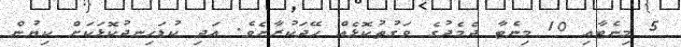
5 މިނެޓާއި 10 މިނެޓާ ދެމެދުގެ ވަގުތުކޮޅެއް ހޭދަކުރާށެވެ. އަދި ކުޑަހިނދުކޮޅަކަށް ކިޔުން